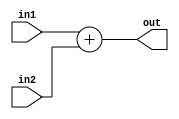
module pcCounter(in1,in2,out);
input [2:0] in1;
input [31:0] in2;
wire [31:0] in1Extend;
assign in1Extend = { 29'd0 , in1 };
output [31:0] out;
assign out = in1Extend + in2;
endmodule